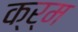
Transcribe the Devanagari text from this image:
क्र्म